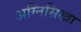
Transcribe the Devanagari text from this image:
अग्निसिखा